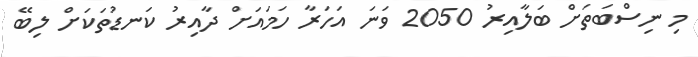
މި ނިސްބަތަށް ބަލާއިރު 2050 ވަނަ އަހަރާ ހަމައަށް ދާއިރު ކަނޑުތަކަށް ލިބޭ